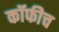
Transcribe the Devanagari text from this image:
कॉफीच